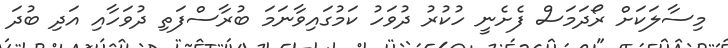
މިސާލަކަށް ރޯދަމަސް ފެށެނީ ހުކުރު ދުވަހު ކަމުގައިވާނަމަ ބުރާސްފަތި ދުވަހާއި އަދި ބުދަ